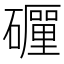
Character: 𥗃